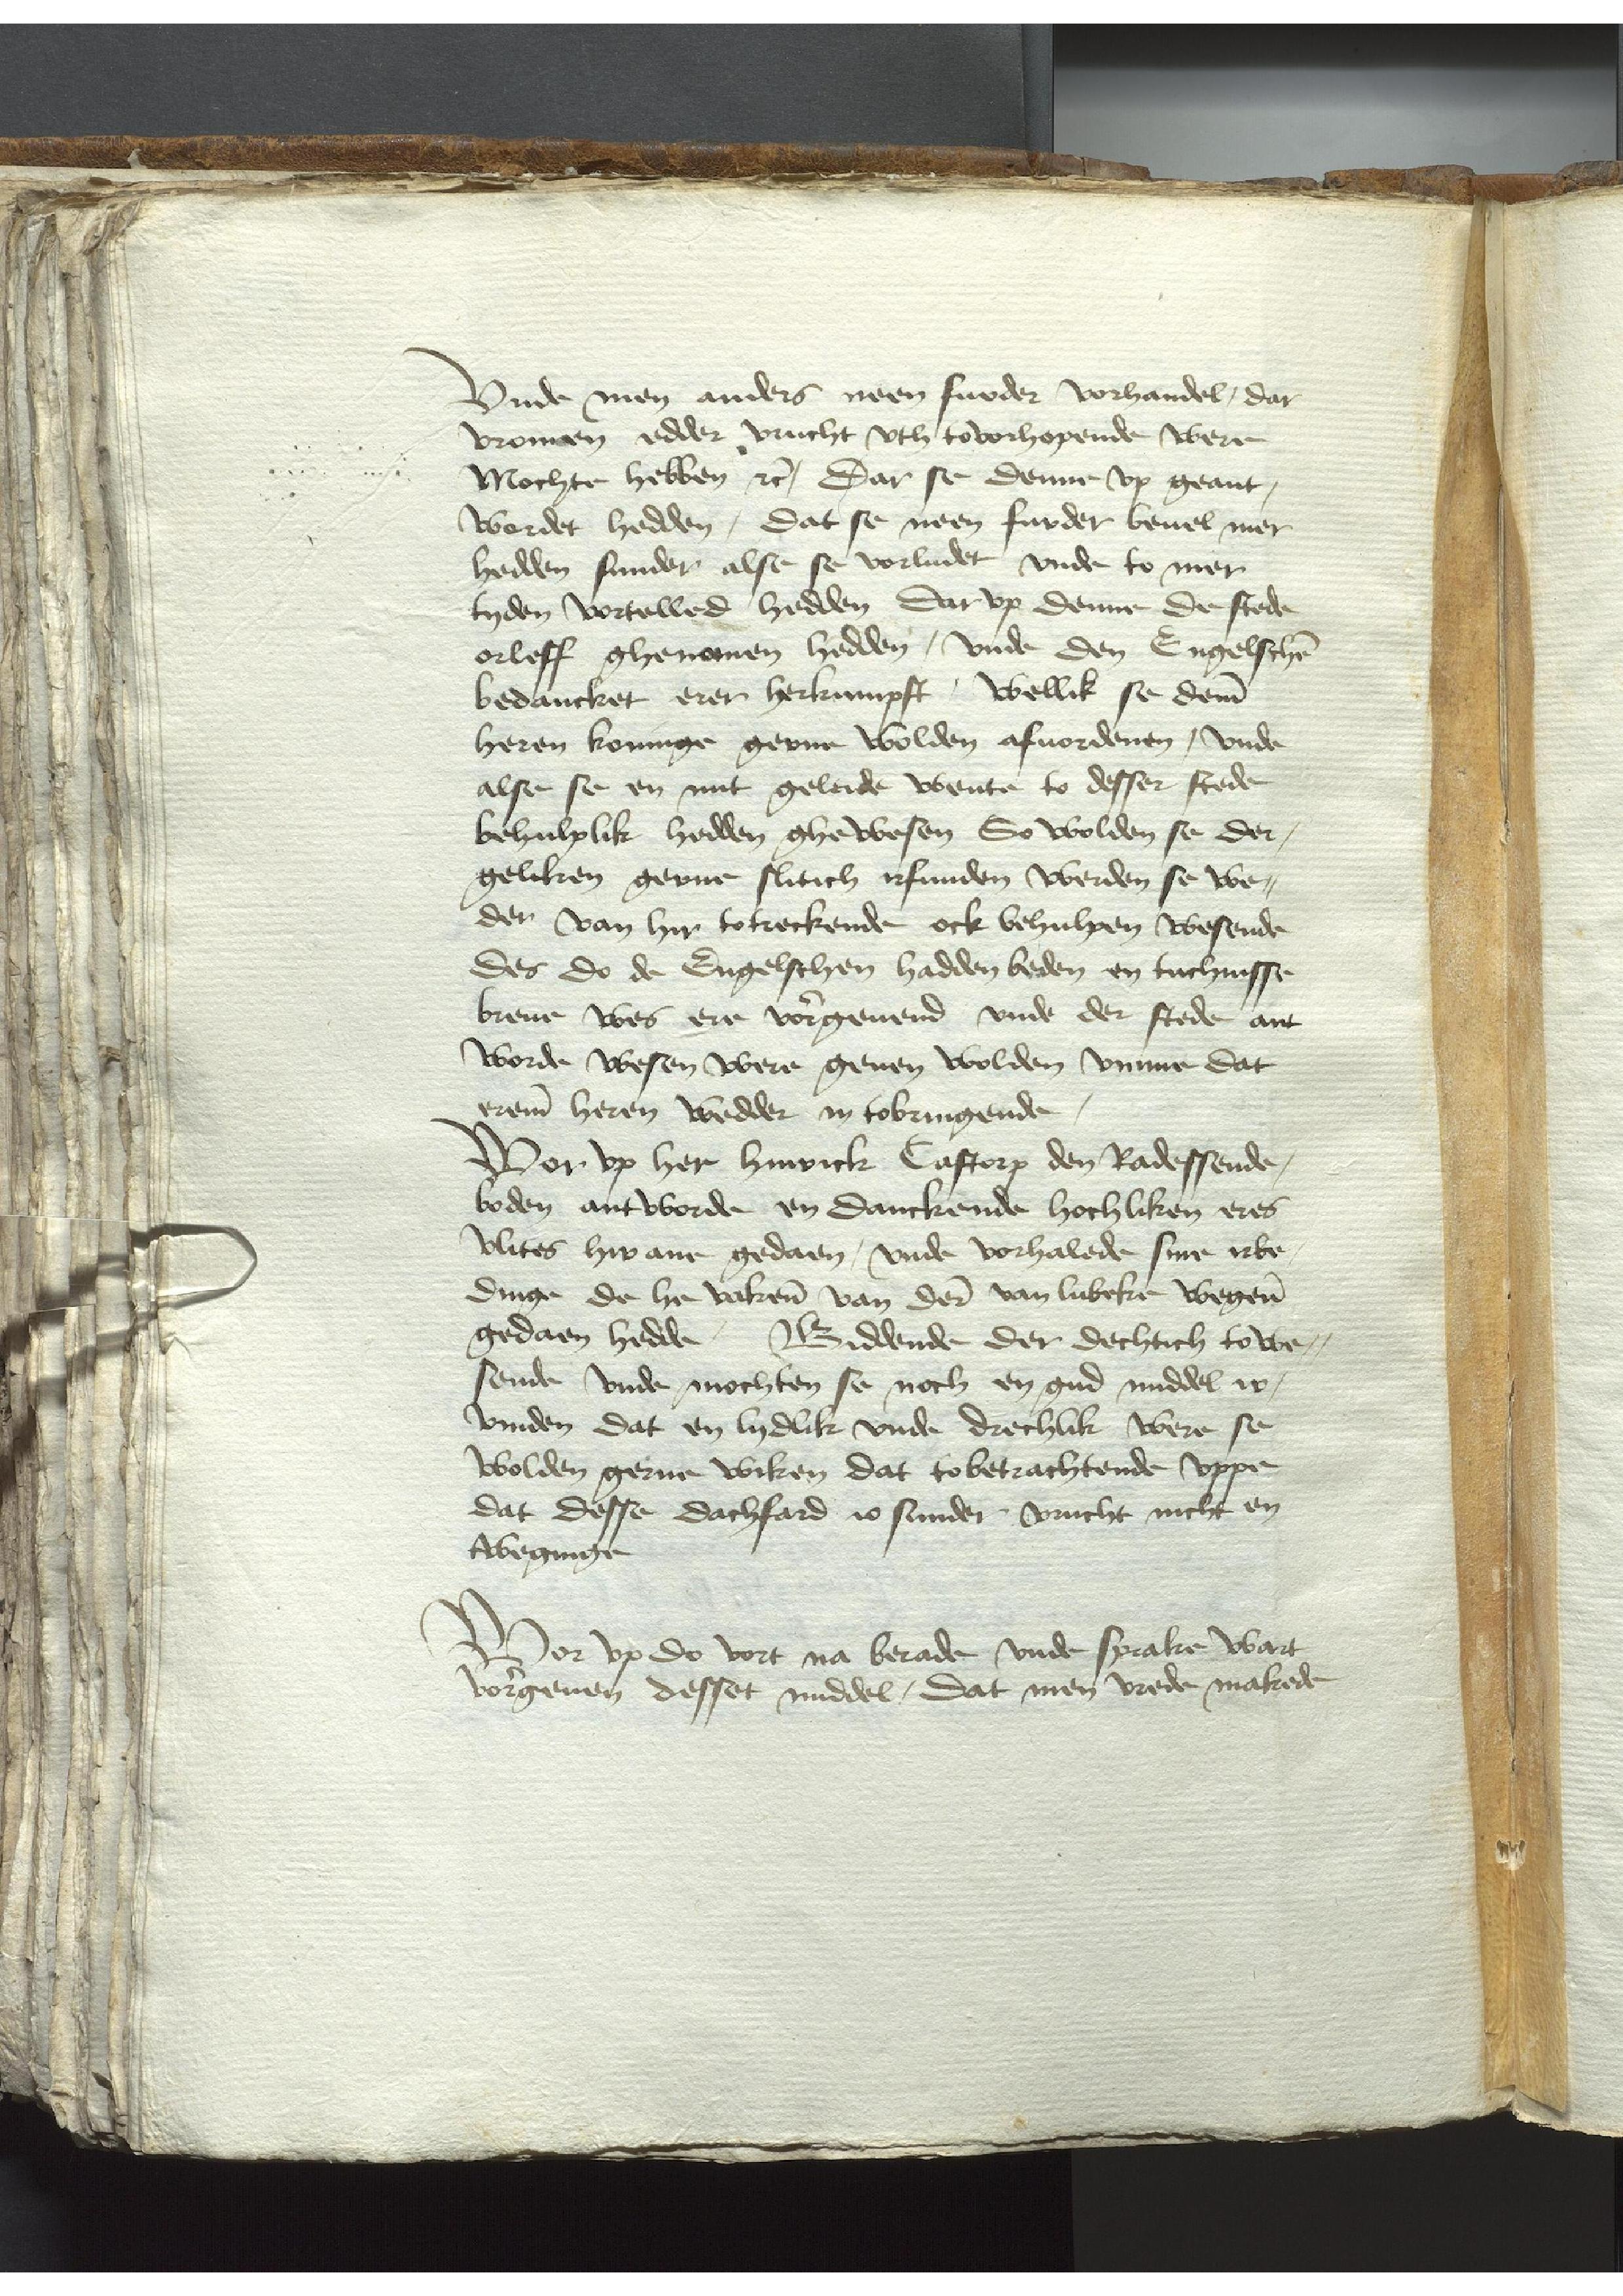
Vnde men anders neen furder vorhandel, dar
vromen edder vrucht vth tovorhopende were
Mochte hebben etc, Dar se denne vp geant¬
wordet hedden, Dat se neen furder beuel mer
hedden sunder alse se vorludet vnde to mer
tyden vortolled hedden Dar vp denne de stede
orleff ghenomen hedden, vnde den Engelschen
bedancket erer herkumpft, wellik se deme
heren konnge gerne wolden afuordenen, vnde
alse se en mit geleide wente to desser stede
behulplik hedden ghewesen So wolden se der¬
geliken gerne slitich irfunden werden se we¬
der van hir totreckende ock behulpen wesende
Des do de Engelschen hadden beden en tuchnisse
breue wes ere vorgeuend vnde der stede ant¬
worde wesen were geuen wolden vmme dat
ereme heren wedder in tobringende,
Wor vp her Hinrick Castorp den Radessende¬
boden antworde en Danckende hochliken eres
vlites hirane gedaen, vnde vorhalede sine irbe¬
dinge de he vakenn van derer van Lubeke wegenn
gedaen hedde, Biddende der dechtich to we¬
sende vnde mochten se noch en gud middel ir¬
vinden dat en lydlik vnde drechlik were se
wolden gerne wiken dat to betrachtende vppe
dat desse dachfard io sunder vrucht nicht en
tweginge

Wor vp do vort na berade vnde sprake wart
vorgeuen desset middel, Dat men vrede makede